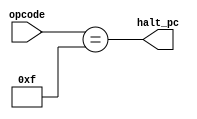
module halt_detection (input [3:0] opcode, output halt_pc);

	assign halt_pc = (opcode == 4'b1111);

endmodule